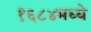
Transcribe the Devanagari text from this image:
१६८४मध्ये